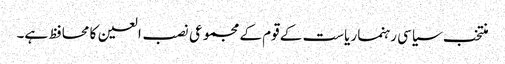
منتخب سیاسی رہنما ریاست کے قوم کے مجموعی نصب العین کا محافظ ہے۔